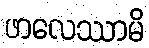
ဖာလေဿာမိ